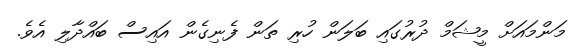
މަންމައަށް މީޝަމް ދުރުގައި ބަލަން ހުރި ތަން ފެނިގެން އައިސް ބައްދާލި އެވެ.